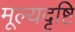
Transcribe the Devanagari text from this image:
मूल्यदृष्टि